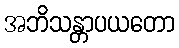
အဘိသန္တာပယတော